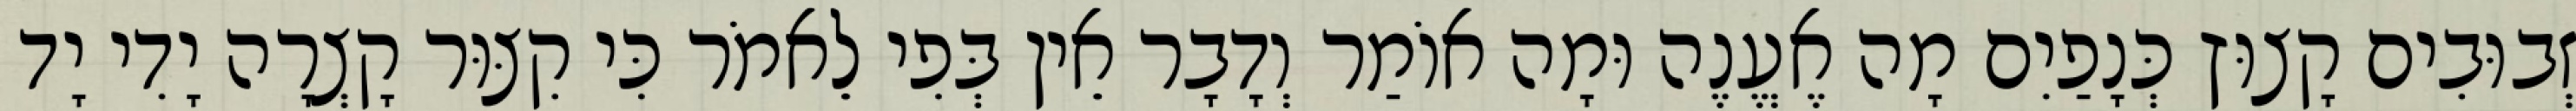
זְבוּבִים קָצוּץ כְּנָפַיִם מָה אֶעֱנֶה וּמָה אוֹמַר וְדָבָר אֵין בְּפִי לֵאמֹר כִּי קִצּוּר קָצְרָה יָדִי יָד